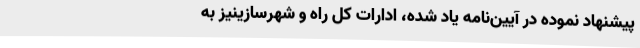
پیشنهاد نموده در آیین‌نامه یاد شده، ادارات کل راه و شهرسازینیز به